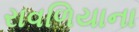
રાવળિયાના